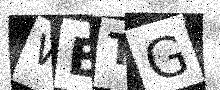
Text: WBTG